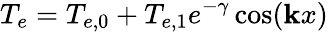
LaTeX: {T_{e}}={T_{e,0}}+{T_{e,1}}{e^{-\gamma}}\cos(\mathbf{k}x)